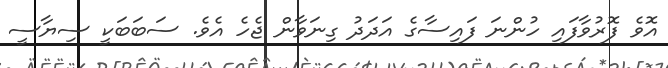
އޮވެ ފޮރުވާފައި ހުންނަ ފައިސާގެ އަދަދު ގިނަވާން ޖެހެ އެވެ. ސަބަބަކީ ސިޔާސީ